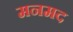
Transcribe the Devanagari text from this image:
मनमद